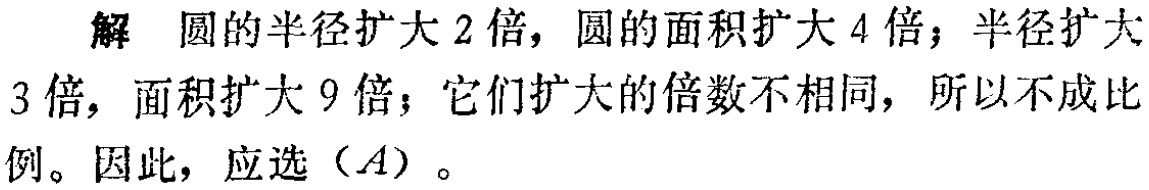
解 圆的半径扩大$2$倍，圆的面积扩大$4$倍；半径扩大$3$倍，面积扩大$9$倍；它们扩大的倍数不相同，所以不成比例。因此，应选（$A$）。